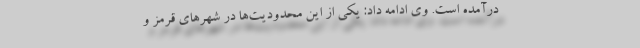
درآمده است. وی ادامه داد: یکی از این محدودیت‌ها در شهرهای قرمز و